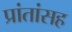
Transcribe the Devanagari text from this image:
प्रांतांसह